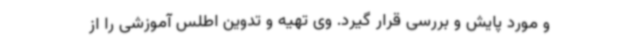
و مورد پایش و بررسی قرار گیرد. وی تهیه و تدوین اطلس آموزشی را از